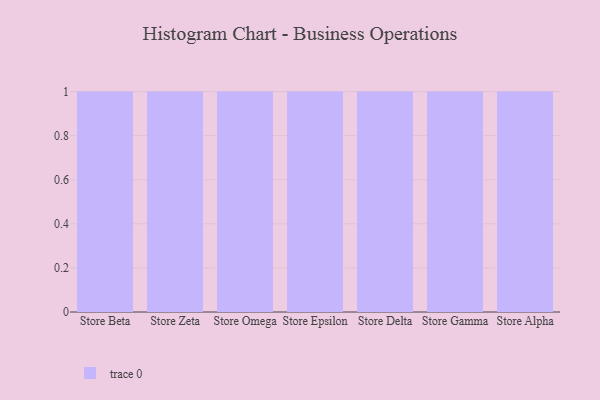
{"axis": {"x": "Store", "y": "Production Output"}, "legend": [""], "data": [{"x": "Store Beta", "y": 60, "type": ""}, {"x": "Store Zeta", "y": 63, "type": ""}, {"x": "Store Omega", "y": 39, "type": ""}, {"x": "Store Epsilon", "y": 52, "type": ""}, {"x": "Store Delta", "y": 67, "type": ""}, {"x": "Store Gamma", "y": 2, "type": ""}, {"x": "Store Alpha", "y": 71, "type": ""}]}